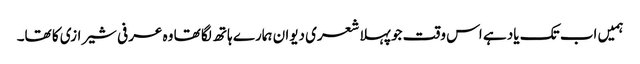
ہمیں اب تک یاد ہے اس وقت جو پہلا شعری دیوان ہمارے ہاتھ لگا تھا وہ عرفی شیرازی کا تھا۔